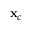
\mathbf { x } _ { c }